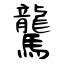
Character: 驡